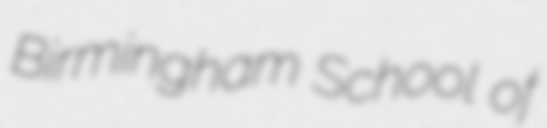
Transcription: Birmingham School of